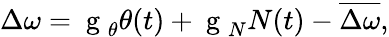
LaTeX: \Delta\omega=\mathrm{~g~}_{\theta}\theta(t)+\mathrm{~g~}_{N}N(t)-\overline{{\Delta\omega}},